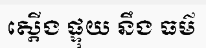
ស្តើង ផ្ទុយ នឹង ធម៌